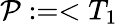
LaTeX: \mathcal{P}:=<T_{1}